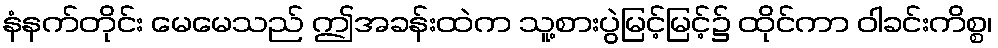
နံနက်တိုင်း မေမေသည် ဤအခန်းထဲက သူ့စားပွဲမြင့်မြင့်၌ ထိုင်ကာ ဝါခင်းကိစ္စ၊